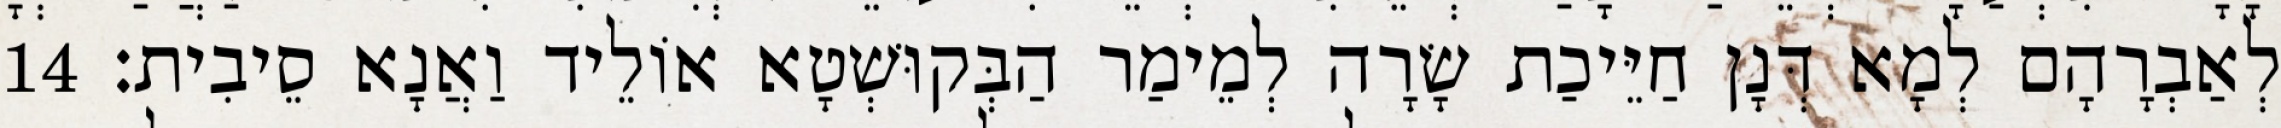
לְאַבְרָהָם לְמָא דְּנָן חַיֵּיכַת שָׂרָה לְמֵימַר הַבְּקוּשְׁטָא אוֹלֵיד וַאֲנָא סֵיבִית׃ 14